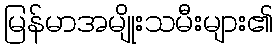
မြန်မာအမျိုးသမီးများ၏